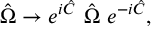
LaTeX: \hat { \Omega } \rightarrow e ^ { i \hat { C } } ~ \hat { \Omega } ~ e ^ { - i \hat { C } } ,